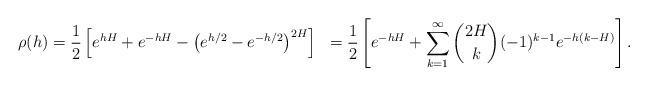
LaTeX: \begin{align*} \rho(h) &= \frac{1}{2}\left[e^{h H} + e^{-h H} -\left(e^{h/2}-e^{-h/2}\right)^{2 H}\right] &= \frac{1}{2}\left[e^{-h H} +\sum_{k=1}^{\infty}{ 2H\choose k}(-1)^{k-1} e^{-h(k-H)}\right]. \end{align*}